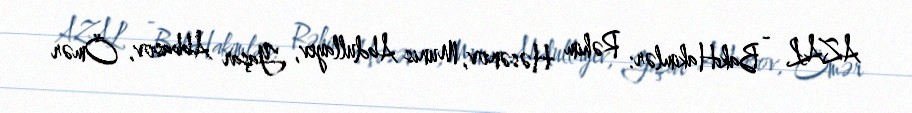
AZAL - BakıHakimlər: Rəhim Həsənov, Munis Abdullayev, Yaşar Abbasov, Ömər